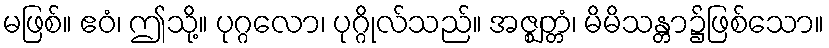
မဖြစ်။ ဧဝံ၊ ဤသို့။ ပုဂ္ဂလော၊ ပုဂ္ဂိုလ်သည်။ အဇ္ဈတ္တံ၊ မိမိသန္တာ၌ဖြစ်သော။